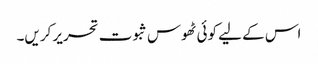
اس کے لیے کوئی ٹھوس ثبوت تحریر کریں۔